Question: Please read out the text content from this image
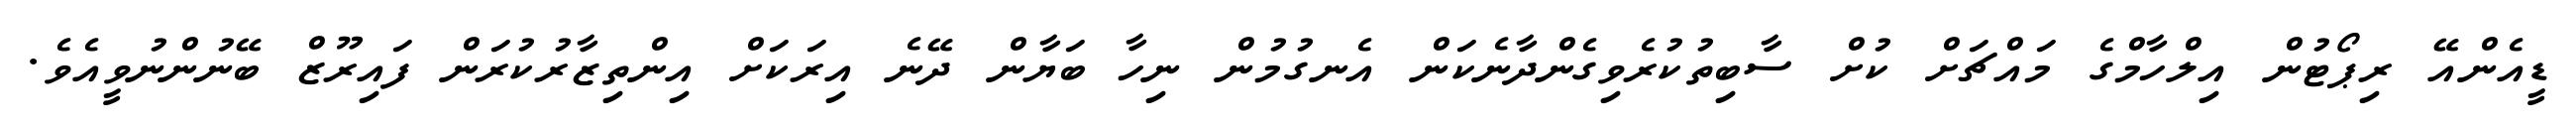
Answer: ޑީއެންއޭ ރިޕޯޓުން އިލްހާމްގެ މައްޗަށް ކުށް ސާބިތުކުރެވިގެންދާނެކަން އެނގުމުން ނިހާ ބަޔާން ދޭނެ އިރަކަށް އިންތިޒާރުކުރަން ފައިރޫޒް ބޭނުންނުވީއެވެ.